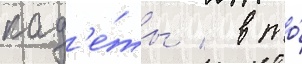
кад'е́ты / в то́